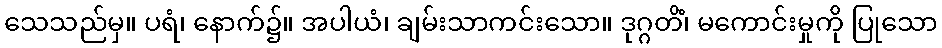
သေသည်မှ။ ပရံ၊ နောက်၌။ အပါယံ၊ ချမ်းသာကင်းသော။ ဒုဂ္ဂတိံ၊ မကောင်းမှုကို ပြုသော